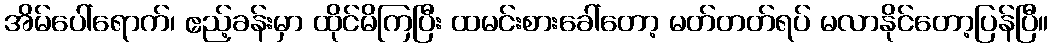
အိမ်ပေါ်ရောက်၊ ဧည့်ခန်းမှာ ထိုင်မိကြပြီး ထမင်းစားခေါ်တော့ မတ်တတ်ရပ် မလာနိုင်တော့ပြန်ပြီ။